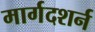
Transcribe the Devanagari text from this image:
मार्गदशर्न